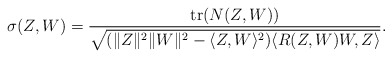
\begin{align*}\sigma(Z,W)=\frac{\textup{tr}(N(Z,W))}{\sqrt{(\|Z\|^2\|W\|^2 - \langle Z,W\rangle^2)\langle R(Z,W)W,Z\rangle}}.\end{align*}